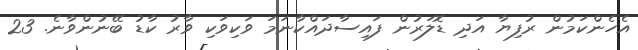
އެހެންކަމުން ރުފިޔާ އަދި ޑޮލަރުން ފައިސާދައްކާނަމަ ވަކިވަކި ވާރު ކާޑު ބޭނުންވާނެ. 23